Code of medical and sanitary regulations for the guidance of medical officers serving in the Madras Presidency - Volume I
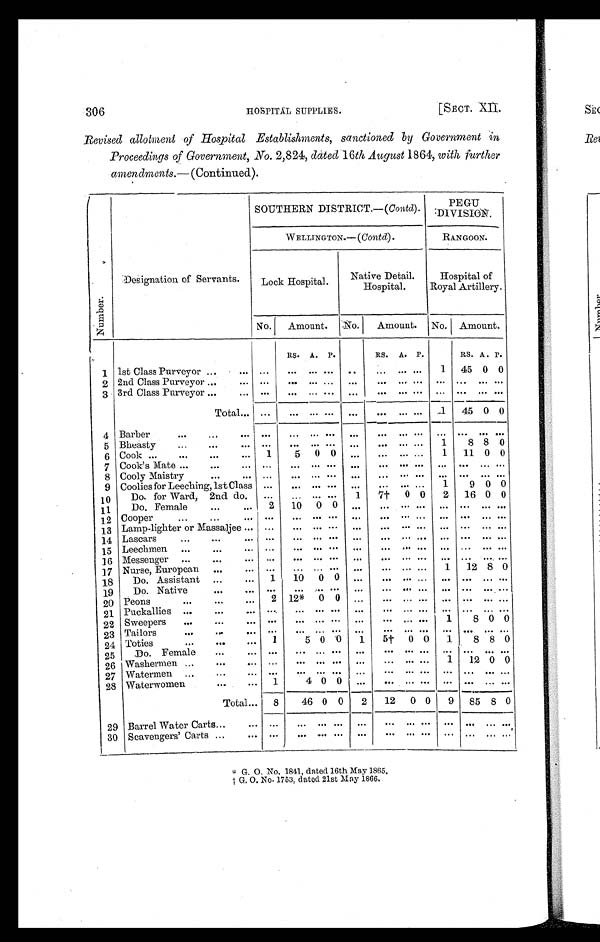
306 HOSPITAL SUPPLIES. [SECT. XII.
Revised allotment of Hospital Establishments, sanctioned by Government in
Proceedings of Government, No. 2,824, dated 16 th August 1864, with further
amendments.— (Continued).
Number.
Designation of Servants.
SOUTHERN DISTRICT.—( Contd).
PEGU
DIVISION.
WELLINGTON.—( Contd).
RANGOON.
Lock Hospital.
Native Detail.
Hospital.
Hospital of
Royal Artillery.
No.
Amount.
No.
Amount.
No. Amount.
RS. A. P.
RS. A. P.
RS. A. P.
1 1st Class Purveyor
... . . . ...
. . . . . .
. . .
. . . ...
. . . ...
1
45 0 0
2 2nd Class Purveyor ...
. . .
. . .
. . . . . .
. . .
. . .
...
. . . ...
. . .
. . . . . . . . .
3 3rd Class Purveyor ...
. . .
. . .
. . . . . .
. . .
. . .
. . . . . . ...
. . .
. . .
. . . . . .
Total...
. . .
...
. . .
. . . . . .
. . .
. . . . . . ...
1
45 0 0
4 Barber
...
...
. . .
. . .
. . .
. . .
. . .
. . .
... ... ...
...
. . .
. . . . . .
5 Bheasty
. . .
...
. . .
. . .
. . .
. . .
. . .
. . . ...
. . . ...
1
8 8 0
6 Cook ...
...
...
. . . 1
5
0 0
... ...
. . . ...
1
11 0 0
7 Cook's Mate ...
...
. . .
. . .
. . .
. . . . . .
. . . ...
. . . ...
. . .
. . .
. . . . . .
8 Cooly Maistry
...
. . .
. . .
. . .
. . . . . .
. . . ...
. . . ...
. . .
. . .
. . . . . .
9 Coolies for Leeching, 1st Class ...
. . .
. . . . . .
. . . ...
. . . ...
1
9 0 0
10
Do. for Ward, 2nd do.
. . .
. . .
. . . . . .
1
7†
0 0
2
16 0 0
11
Do. Female
...
. . . 2
10
0 0 ...
...
. . .
...
. . .
. . .
. . . . . .
12 Cooper
...
...
. . .
. . .
. . .
. . . . . .
...
. . .
. . . ...
...
. . . ... ...
13 Lamp-lighter or Massaljee ... ...
. . .
. . . . . .
. . .
. . . ... ...
. . .
. . . ...
. . .
14 Lascars
...
...
. . .
. . . ...
. . . . . .
. . . ...
. . .
...
. . .
. . .
. . .
. . .
15 Leechmen ...
...
. . .
. . .
. . .
. . .
. . . ...
. . . ... ...
... ... ...
. . .
16 Messenger ...
...
. . .
. . .
. . . ...
. . . ... ...
. . .
...
. . .
. . .
. . .
. . .
17 Nurse, European
...
. . .
. . .
...
. . .
. . .
. . .
...
. . .
...
1
12 8 0
18
Do. Assistant
...
. . . 1
10
0 0 ... ...
. . .
...
. . .
. . .
. . .
. . .
19
Do. Native
...
. . . ...
. . .
. . .
. . .
. . .
...
. . .
...
. . .
. . .
. . .
. . .
20 Peons
...
...
...
2 12*
0 0
. . . ...
. . .
...
. . .
. . .
. . .
. . .
21 Puckallies ...
...
... ...
. . .
. . . . . .
. . . ...
. . .
...
. . .
. . .
. . .
. . .
22 Sweepers
...
...
... ...
. . .
. . .
. . .
. . .
...
. . .
...
1
8 0 0
23 Tailors
...
...
. . .
. . .
. . .
. . .
. . .
. . .
...
. . .
...
. . .
. . .
. . .
. . .
24 Toties
...
...
...
1
5 0 0
1
5†
0 0
1
8 8 0
25
Do. Female
...
. . .
. . .
... ...
. . .
. . .
. . .
. . . ...
... ... ... ...
26 Washermen ...
...
. . .
. . .
. . .
. . .
. . . ...
. . .
. . .
...
1
12 0 0
27 Watermen ...
...
... ...
. . .
. . .
. . .
. . .
. . .
. . .
...
. . .
. . .
. . .
. . .
28 Waterwomen
...
. . .
1
4 0 0
. . .
. . .
. . .
...
. . .
. . .
. . .
. . .
Total ...
8
46 0 0
2
12
0 0
9
85 8 0
29 Barrel Water Carts
...
. . .
. . .
. . . . . .
. . .
. . .
. . . ... ...
. . . . . .
. . .
. . .
30 Scavengers' Carts ...
. . .
. . .
. . .
. . . . . .
. . . ...
. . .
...
. . .
. . .
. . .
. . .
* G . O . N o . 1 8 4 1 , d a t e d 1 6 t h M a y 1 8 6 5
.
† G . O . N o . 1 7 5 3 , d a t e d 2 1 s t M a y 1 8 6 6 .